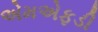
એમએફડી